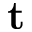
\textbf { t }